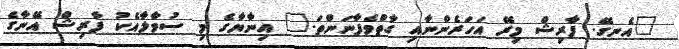
"އެނގޭ. ފާރިޝް މިރޭ އަހަރެންނާއި ގާތްވެފާނަންތަ." އިނާޔާގެ މި ސުވާލާއެކު ފާރިޝް އޭނާގެ